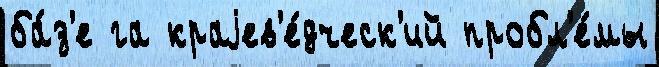
ба́з'е га краjев'е́дческ'ий пробл'е́мы